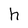
Character: h